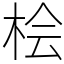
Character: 桧